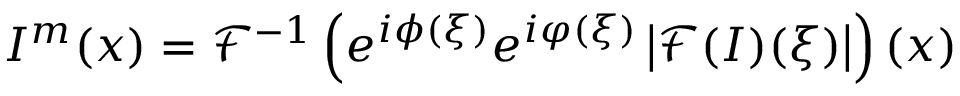
I ^ { m } ( \boldsymbol { x } ) = \mathcal { F } ^ { - 1 } \left( e ^ { i \phi ( \boldsymbol { \xi } ) } e ^ { i \varphi ( \boldsymbol { \xi } ) } \left\vert \mathcal { F } ( I ) ( \boldsymbol { \xi } ) \right\vert \right) ( \boldsymbol { x } )